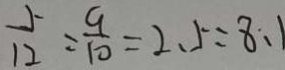
\frac { 5 } { 1 2 } = \frac { 9 } { 1 0 } = 2 . 5 = 8 : 1